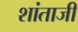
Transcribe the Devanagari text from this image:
शांताजी